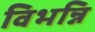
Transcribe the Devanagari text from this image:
विभन्नि